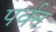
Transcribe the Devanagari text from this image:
पर्वन